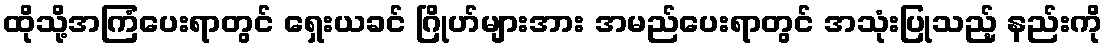
ထိုသို့အကြံပေးရာတွင် ရှေးယခင် ဂြိုဟ်များအား အမည်ပေးရာတွင် အသုံးပြုသည့် နည်းကို